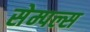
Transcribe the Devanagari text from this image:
सेम्पल्स